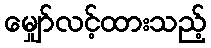
မျှော်လင့်ထားသည့်